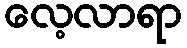
လေ့လာရာ